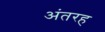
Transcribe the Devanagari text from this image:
अंतरह